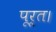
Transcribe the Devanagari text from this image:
पूर्त।